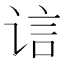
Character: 𲂍